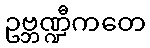
ဥဗ္ဘဏ္ဍီကတေ